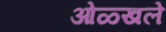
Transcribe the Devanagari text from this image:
ओळ्खले